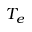
T _ { e }